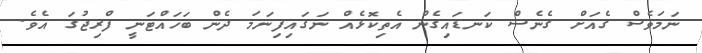
ނަމަވެސް ގެއަށް ގެނެސް ކަނޑައިގެން އެތިކޮޅެއް ނަގައިފިނަމަ ދެން ބަހައްޓަނީ ފްރިޖުގަ އެވެ.